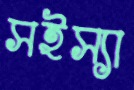
সইস্যা